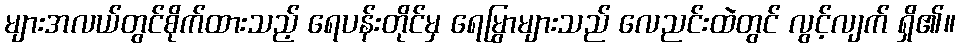
များအလယ်တွင်စိုက်ထားသည့် ရေပန်းတိုင်မှ ရေမြွာများသည် လေညင်းထဲတွင် လွင့်လျက် ရှိ၏။